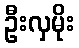
ဦးလှမိုး